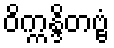
ဝိက္ကန္ဒိတဗ္ဗံ